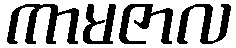
ကာမဇာလ